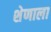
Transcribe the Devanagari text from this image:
शेणाला